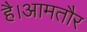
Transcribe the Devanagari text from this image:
है।आमतौर